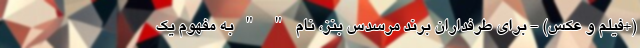
(+فیلم و عکس) - برای طرفداران برند مرسدس بنز، نام " " به مفهوم یک